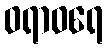
ဝရာဝရေ